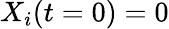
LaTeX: X_{i}(t=0)=0